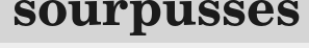
sourpusses